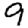
Digit: 9